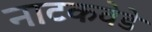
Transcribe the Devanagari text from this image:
नाटकवेडे